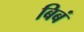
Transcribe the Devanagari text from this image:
बिबं